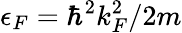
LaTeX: \epsilon_{F}=\hbar^{2}k_{F}^{2}/2m